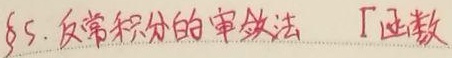
$\S5$. 反常积分的审敛法  $\Gamma$函数